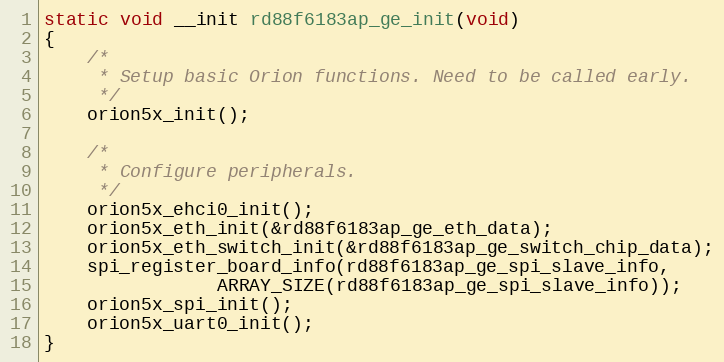
Language: C
static void __init rd88f6183ap_ge_init(void)
{
	/*
	 * Setup basic Orion functions. Need to be called early.
	 */
	orion5x_init();

	/*
	 * Configure peripherals.
	 */
	orion5x_ehci0_init();
	orion5x_eth_init(&rd88f6183ap_ge_eth_data);
	orion5x_eth_switch_init(&rd88f6183ap_ge_switch_chip_data);
	spi_register_board_info(rd88f6183ap_ge_spi_slave_info,
				ARRAY_SIZE(rd88f6183ap_ge_spi_slave_info));
	orion5x_spi_init();
	orion5x_uart0_init();
}